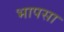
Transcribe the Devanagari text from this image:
भापसा